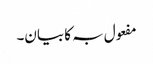
مفعول بہ کا بیان۔